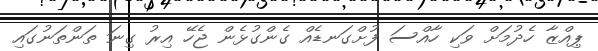
ޕިއްޒާ ހެދުމަށް ވަކި ހާއްސަ ފުށްގަނޑެއް ގެންގުޅެން ޖެހޭ އިރު ގިނަ ތަންތަނުގައި